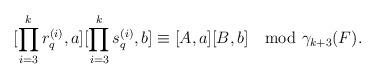
LaTeX: \begin{align*}[\prod_{i=3}^kr_q^{(i)}, a][\prod_{i=3}^ks_q^{(i)},b]\equiv [A,a][B,b]\mod \gamma_{k+3}(F).\end{align*}